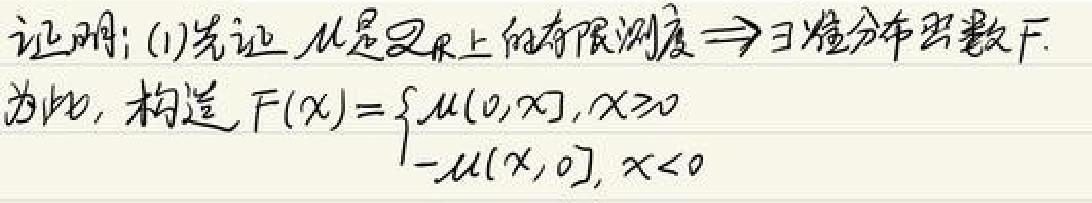
证明: (1)先证 $\mu$ 是 $\mathbb{R}$ 上的有限测度 $\Rightarrow$ 存在准分布函数 $F$.
为此, 构造 $F(x)=\begin{cases}\mu((0,x]),x\geq0\\-\mu((x,0]),x < 0\end{cases}$